65_HS1-834228961_62-HQ-83894_Section_4
Agency: FBI
Page 110
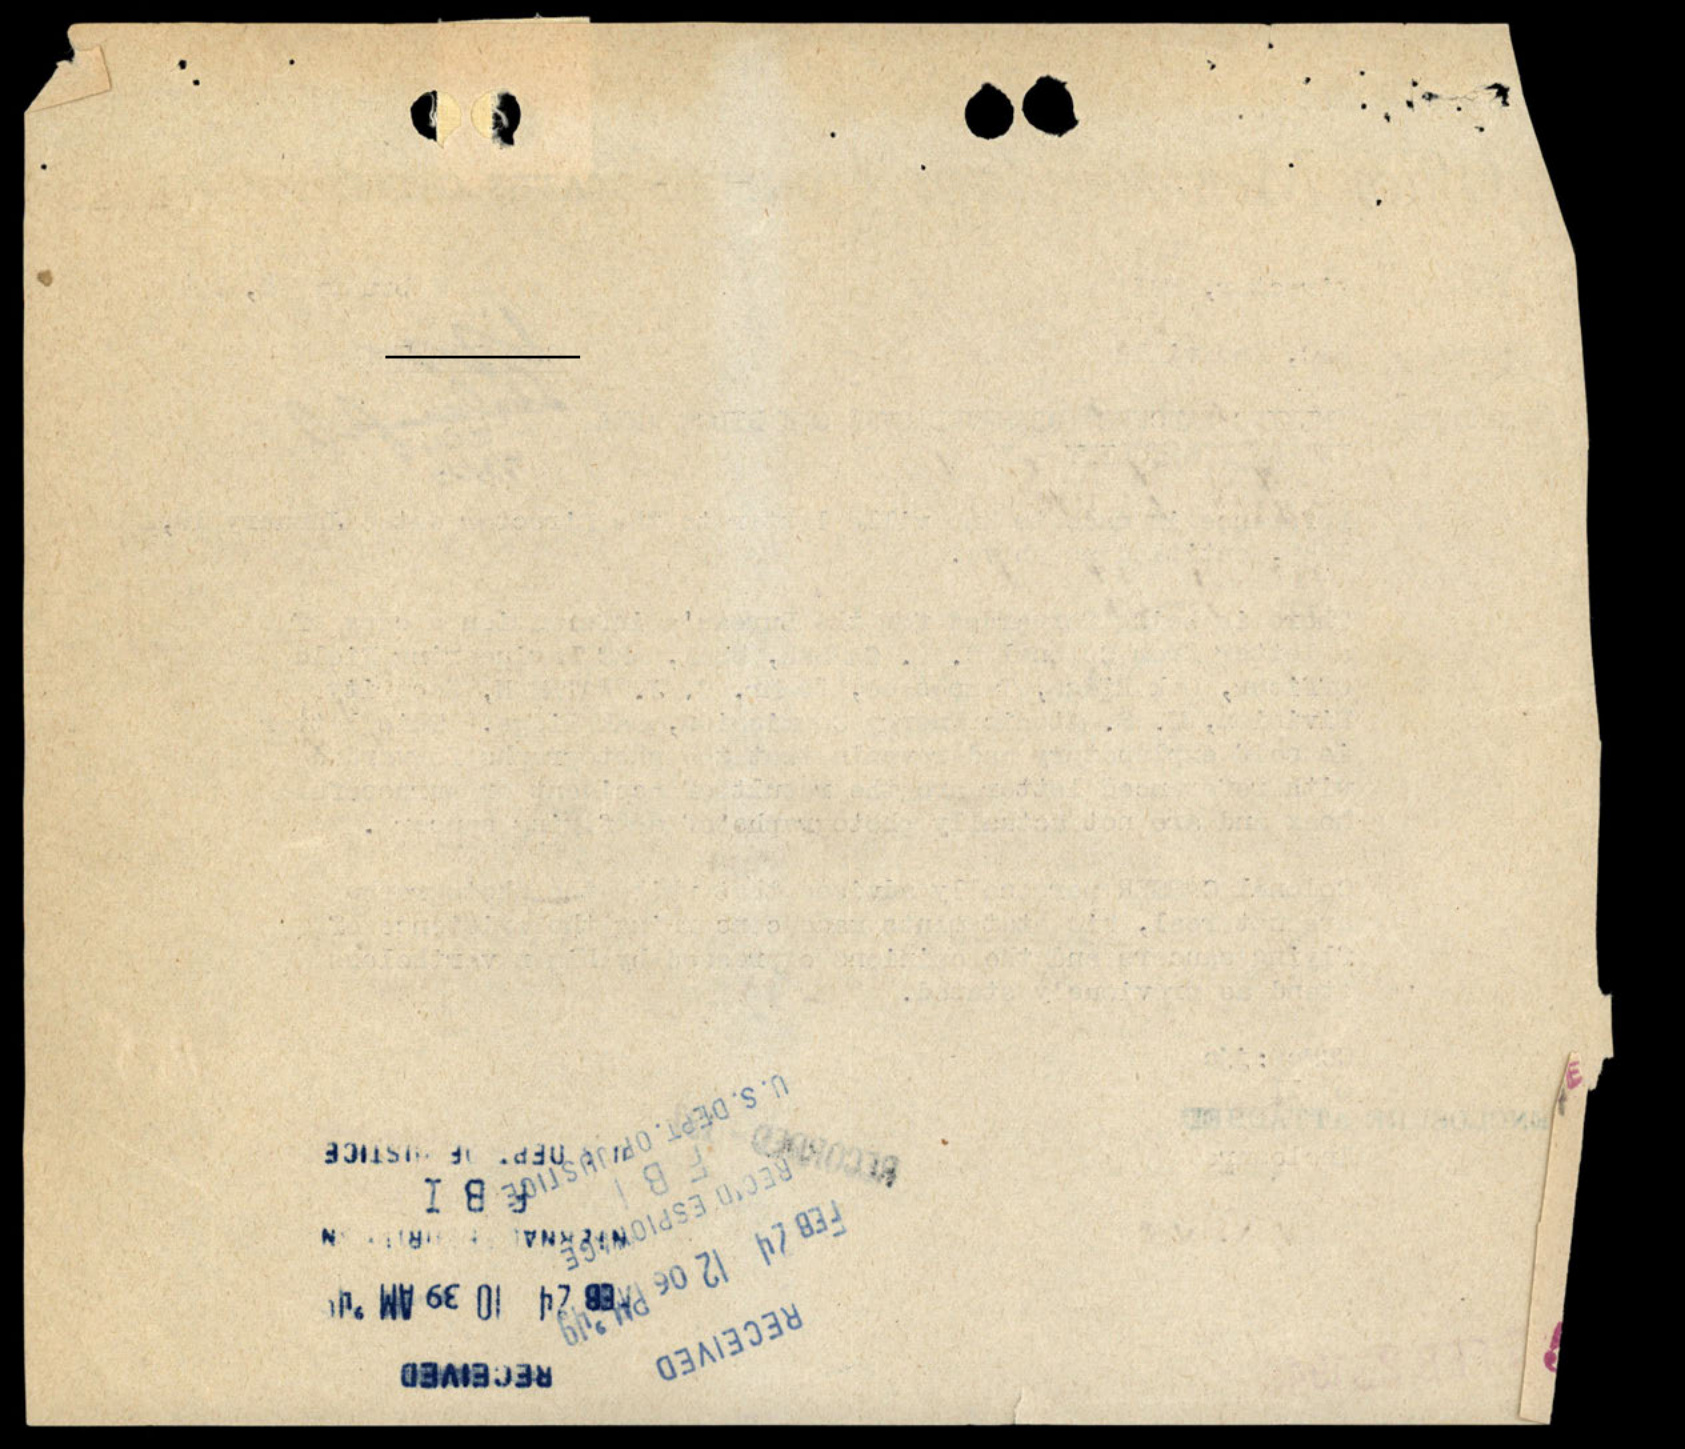